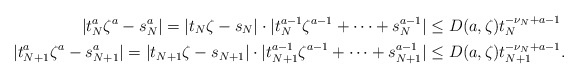
\begin{align*} \vert t_{N}^{a}\zeta^{a}-s_{N}^{a}\vert=\vert t_{N}\zeta-s_{N}\vert\cdot\vert t_{N}^{a-1}\zeta^{a-1}+\cdots+s_{N}^{a-1}\vert&\leq D(a,\zeta)t_{N}^{-\nu_{N}+a-1} \\\vert t_{N+1}^{a}\zeta^{a}-s_{N+1}^{a}\vert=\vert t_{N+1}\zeta-s_{N+1}\vert\cdot\vert t_{N+1}^{a-1}\zeta^{a-1}+\cdots+s_{N+1}^{a-1}\vert&\leq D(a,\zeta)t_{N+1}^{-\nu_{N}+a-1}. \end{align*}